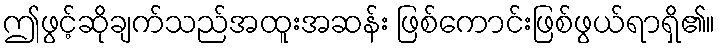
ဤဖွင့်ဆိုချက်သည်အထူးအဆန်း ဖြစ်ကောင်းဖြစ်ဖွယ်ရာရှိ၏။